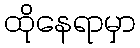
ထိုနေရာမှာ